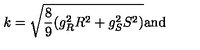
k = \sqrt { \frac { 8 } { 9 } ( g _ { R } ^ { 2 } R ^ { 2 } + g _ { S } ^ { 2 } S ^ { 2 } ) } \mathrm { a n d }